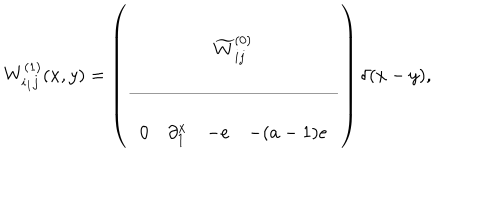
W _ { i _ { 1 } j } ^ { ( 1 ) } ( x , y ) = \left( \begin{array} { c c } { { \widetilde { W } _ { i j } ^ { ( 0 ) } } } \\ \hline { { } } \\ { { \begin{array} { c c c c c } { { 0 } } & { { \partial _ { 1 } ^ { x } } } & { { - e } } & { { - ( a - 1 ) e } } \\ \end{array} } } \\ \end{array} \right) \delta ( x - y ) ,